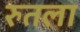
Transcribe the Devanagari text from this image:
रुतला